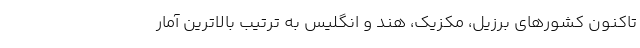
تاکنون کشورهای برزیل، مکزیک، هند و انگلیس به ترتیب بالاترین آمار